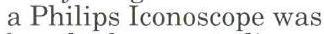
a Philips Iconoscope was